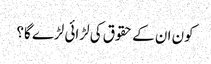
کون ان کے حقوق کی لڑائی لڑے گا؟